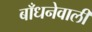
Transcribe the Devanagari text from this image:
बाँधनेवाली